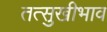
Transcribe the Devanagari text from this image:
तत्सुखीभाव